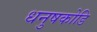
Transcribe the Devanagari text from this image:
धनुषकोडि